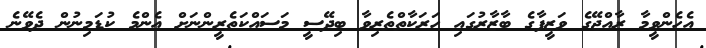
އެހެންވީމާ ރާއްޖޭގެ ވަޒީފާގެ ބާޒާރުގައި ހަރަކާތްތެރިވާ ބިދޭސީ މަސައްކަތެރީންނަށް އެންމެ ކުޑަމިނުން ދެވޭނެ